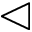
\vartriangleleft